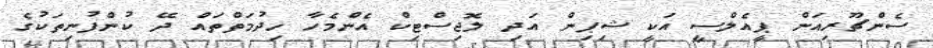
ސެންޗޫރިއަން ޕީއެލްސީ އަކީ ޝިޕިން އަދި ލޮޖިސްޓިކް އެންމެހާ ހިދުމަތްތައް ދޭ ކުންފުނިތަކުގެ